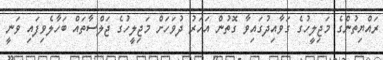
ރައްޔިތުންގެ މަޖިލީހުގެ ގަވާއިދުގައިވާ ގޮތުން އަހަރު ދުވަހަށް މަޖިލީހުގެ ޖަލްސާތައް ބަހާލެވިފައި ވަނީ